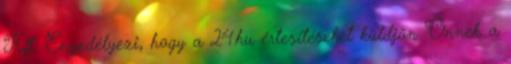
Kft. Engedélyezi, hogy a 24.hu értesítéseket küldjön Önnek a